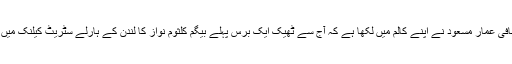
معروف صحافی عمار مسعود نے اپنے کالم میں لکھا ہے کہ آج سے ٹھیک ایک برس پہلے بیگم کلثوم نواز کا لندن کے ہارلے سٹریٹ کیلنک میں انتقال ہو گیا۔